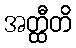
အတ္ထီတိ